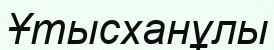
Ұтысханұлы